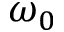
\omega _ { 0 }